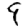
Digit: 9